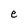
Character: e